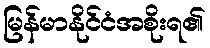
မြန်မာနိုင်ငံအစိုးရ၏